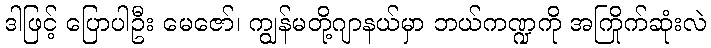
ဒါဖြင့် ပြောပါဦး မေဇော်၊ ကျွန်မတို့ဂျာနယ်မှာ ဘယ်ကဏ္ဍကို အကြိုက်ဆုံးလဲ